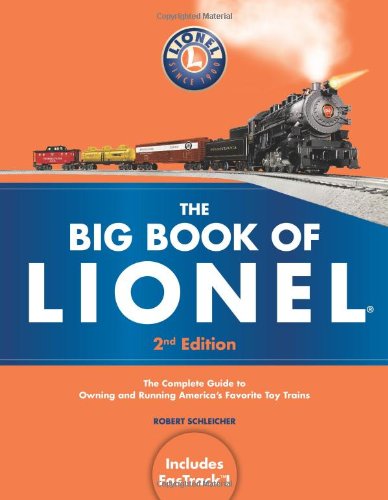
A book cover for The Big Book of Lionel: The Complete Guide to Owning and Running America's Favorite Toy Trains, Second Edition; Robert Schleicher; Engineering & Transportation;